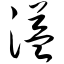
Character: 溢